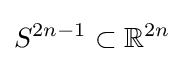
S^{2n-1}\subset \mathbb {R} ^{2n}